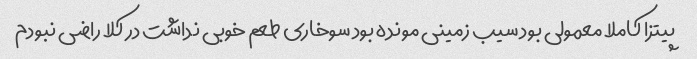
پیتزا کاملا معمولی بود سیب زمینی مونده بود سوخاری طعم خوبی نداشت در کلا راضی نبودم